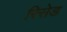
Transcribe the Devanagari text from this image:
रिसेड